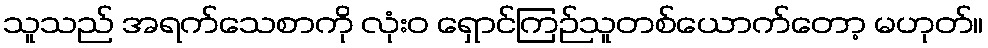
သူသည် အရက်သေစာကို လုံးဝ ရှောင်ကြဉ်သူတစ်ယောက်တော့ မဟုတ်။